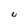
Character: U